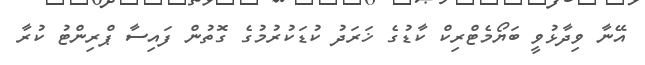
އޭނާ ވިދާޅުވީ ބަޔޯމެޓްރިކް ކާޑުގެ ޚަރަދު ކުޑަކުރުމުގެ ގޮތުން ފައިސާ ޕްރިންޓު ކުރާ